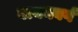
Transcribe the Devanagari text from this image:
वायनबर्ग